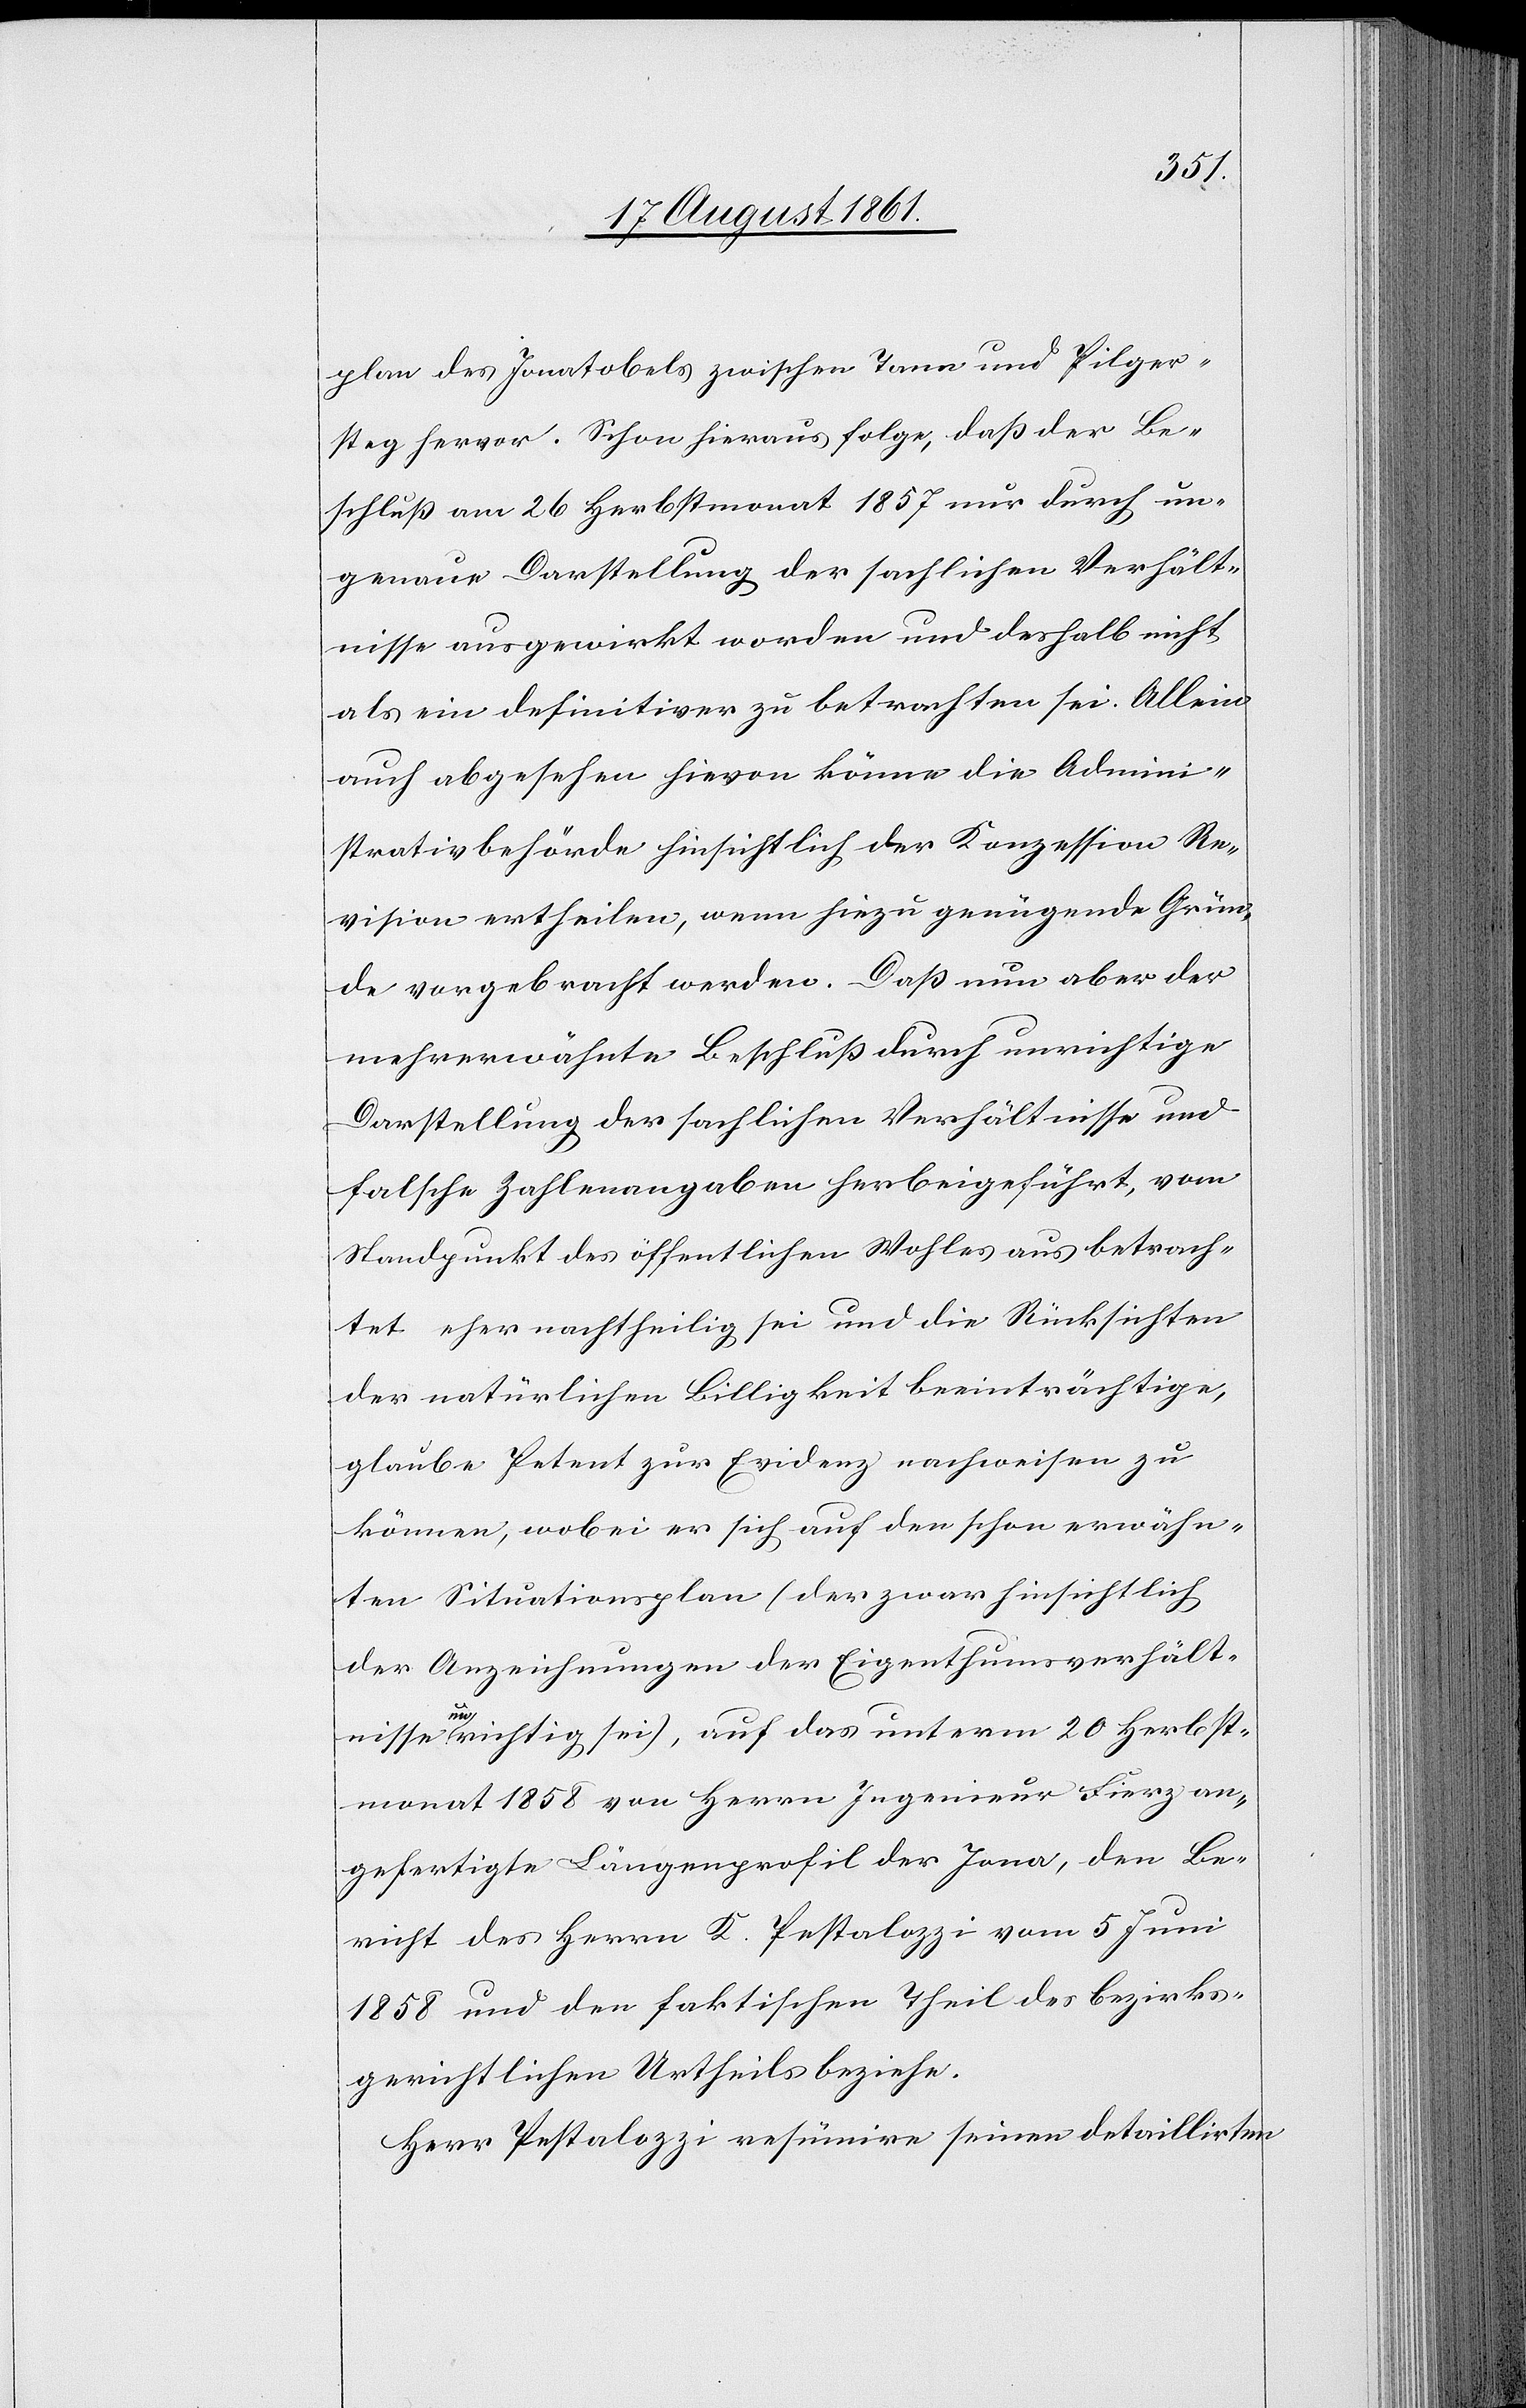
plan des Jonatobels zwischen Tann und Pilger¬
steg hervor. Schon hieraus folge, daß der Be¬
schluß am 26 Herbstmonat 1857 nur durch un¬
genaue Darstellung der sachlichen Verhält¬
nisse ausgewirkt worden und deshalb nicht
als ein definitiver zu betrachten sei. Allein
auch abgesehen hievon könne die Admini¬
strativbehörde hinsichtlich der Konzession Re¬
vision ertheilen, wenn hiezu genügende Grün¬
de vorgebracht werden. Daß nun aber der
mehrerwähnte Beschluß durch unrichtige
Darstellung der sachlichen Verhältnisse und
falsche Zahlenangaben herbeigeführt, vom
Standpunkt des öffentlichen Wohles aus betrach¬
tet eher nachtheilig sei und die Rücksichten
der natürlichen Billigkeit beeinträchtige,
glaube Petent zur Evidenz nachweisen zu
können, wobei er sich auf den schon erwähn¬
ten Situationsplan (der zwar hinsichtlich
der Anzeichnungen der Eigenthumsverhält¬
nisse unrichtig sei), auf das unterm 20 Herbst¬
monat 1858 von Herrn Ingenieur Fierz an¬
gefertigte Längenprofil der Jona, den Be¬
richt des Herrn K. Pestalozzi vom 5 Juni
1858 und den faktischen Theil des bezirks¬
gerichtlichen Urtheils beziehe.
Herr Pestalozzi resümire seinen detaillirten